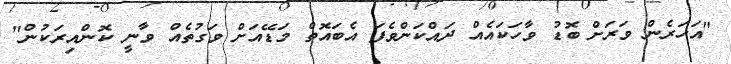
"އަހަރެން ވަރަށް ބޮޑު ވާހަކައެއް ދައްކަންވެފަ އެބައޮތް މަޑޭއަށް ވަގުތެއް ވާނީ ކޮންއިރަކުން"